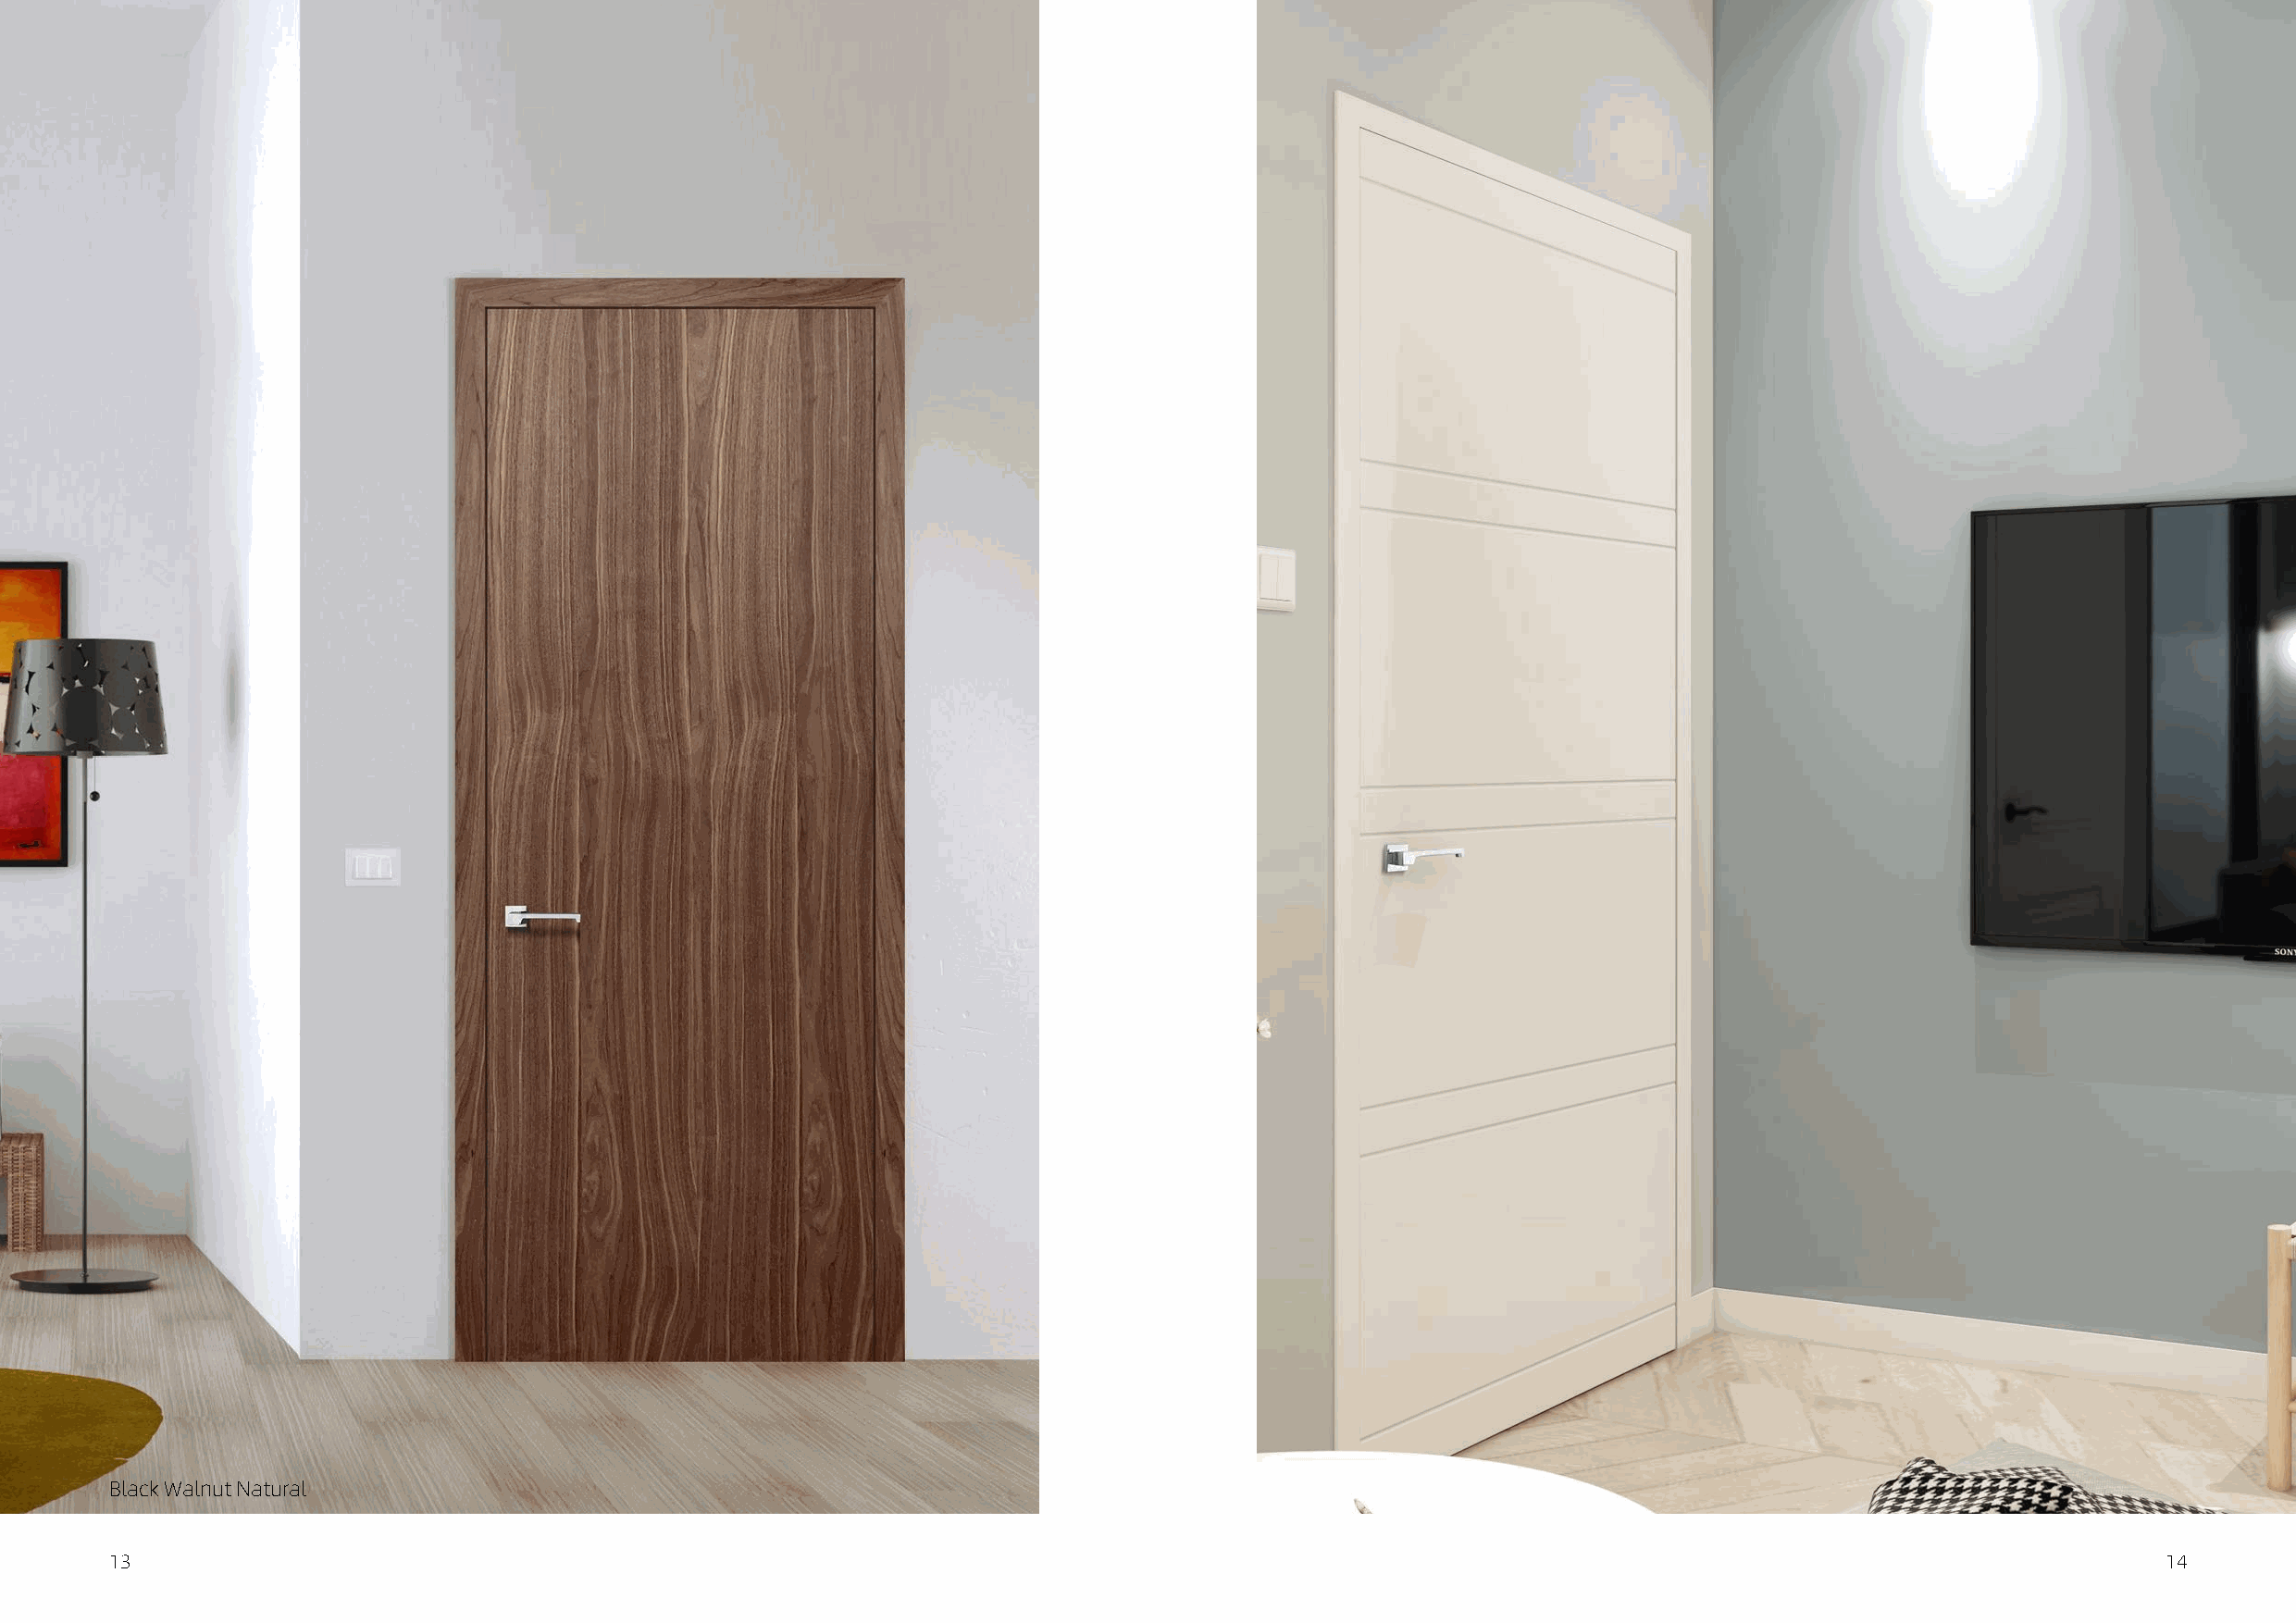
Black Walnut Natural
 13                                                                                                                                                 14